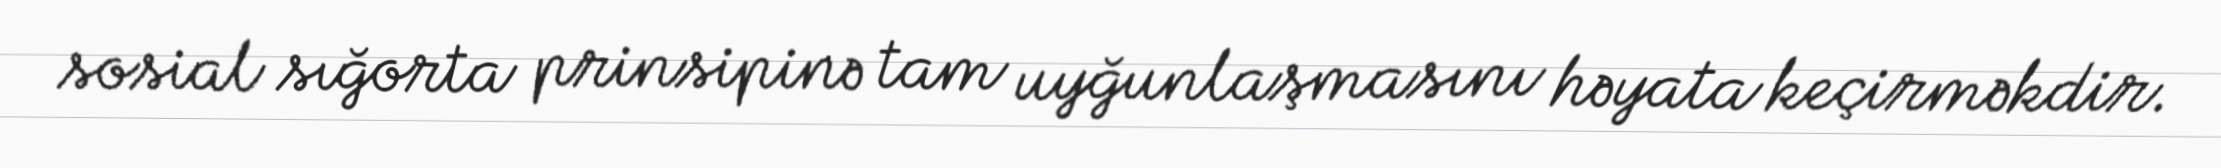
sosial sığorta prinsipinə tam uyğunlaşmasını həyata keçirməkdir.